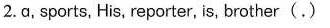
2.ā,sports, His, reporter, is, brother (.)